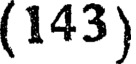
(143)